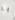
يا